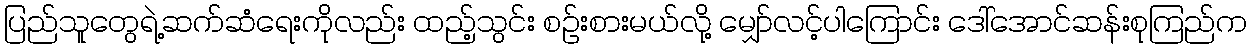
ပြည်သူတွေရဲ့ဆက်ဆံရေးကိုလည်း ထည့်သွင်း စဉ်းစားမယ်လို့ မျှော်လင့်ပါကြောင်း ဒေါ်အောင်ဆန်းစုကြည်က